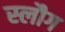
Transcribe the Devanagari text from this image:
स्लौग